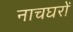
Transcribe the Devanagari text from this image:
नाचघरों